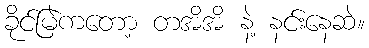
ခိုင်မြဲကတော့ တအိအိ နဲ့ နင်းနေဆဲ။